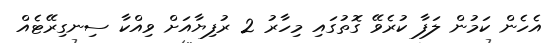
އެހެން ކަމުން ލަފާ ކުރެވޭ ގޮތުގައި މިހާރު 2 ރުފިޔާއަށް ވިއްކާ ސިނގިރޭޓެއް